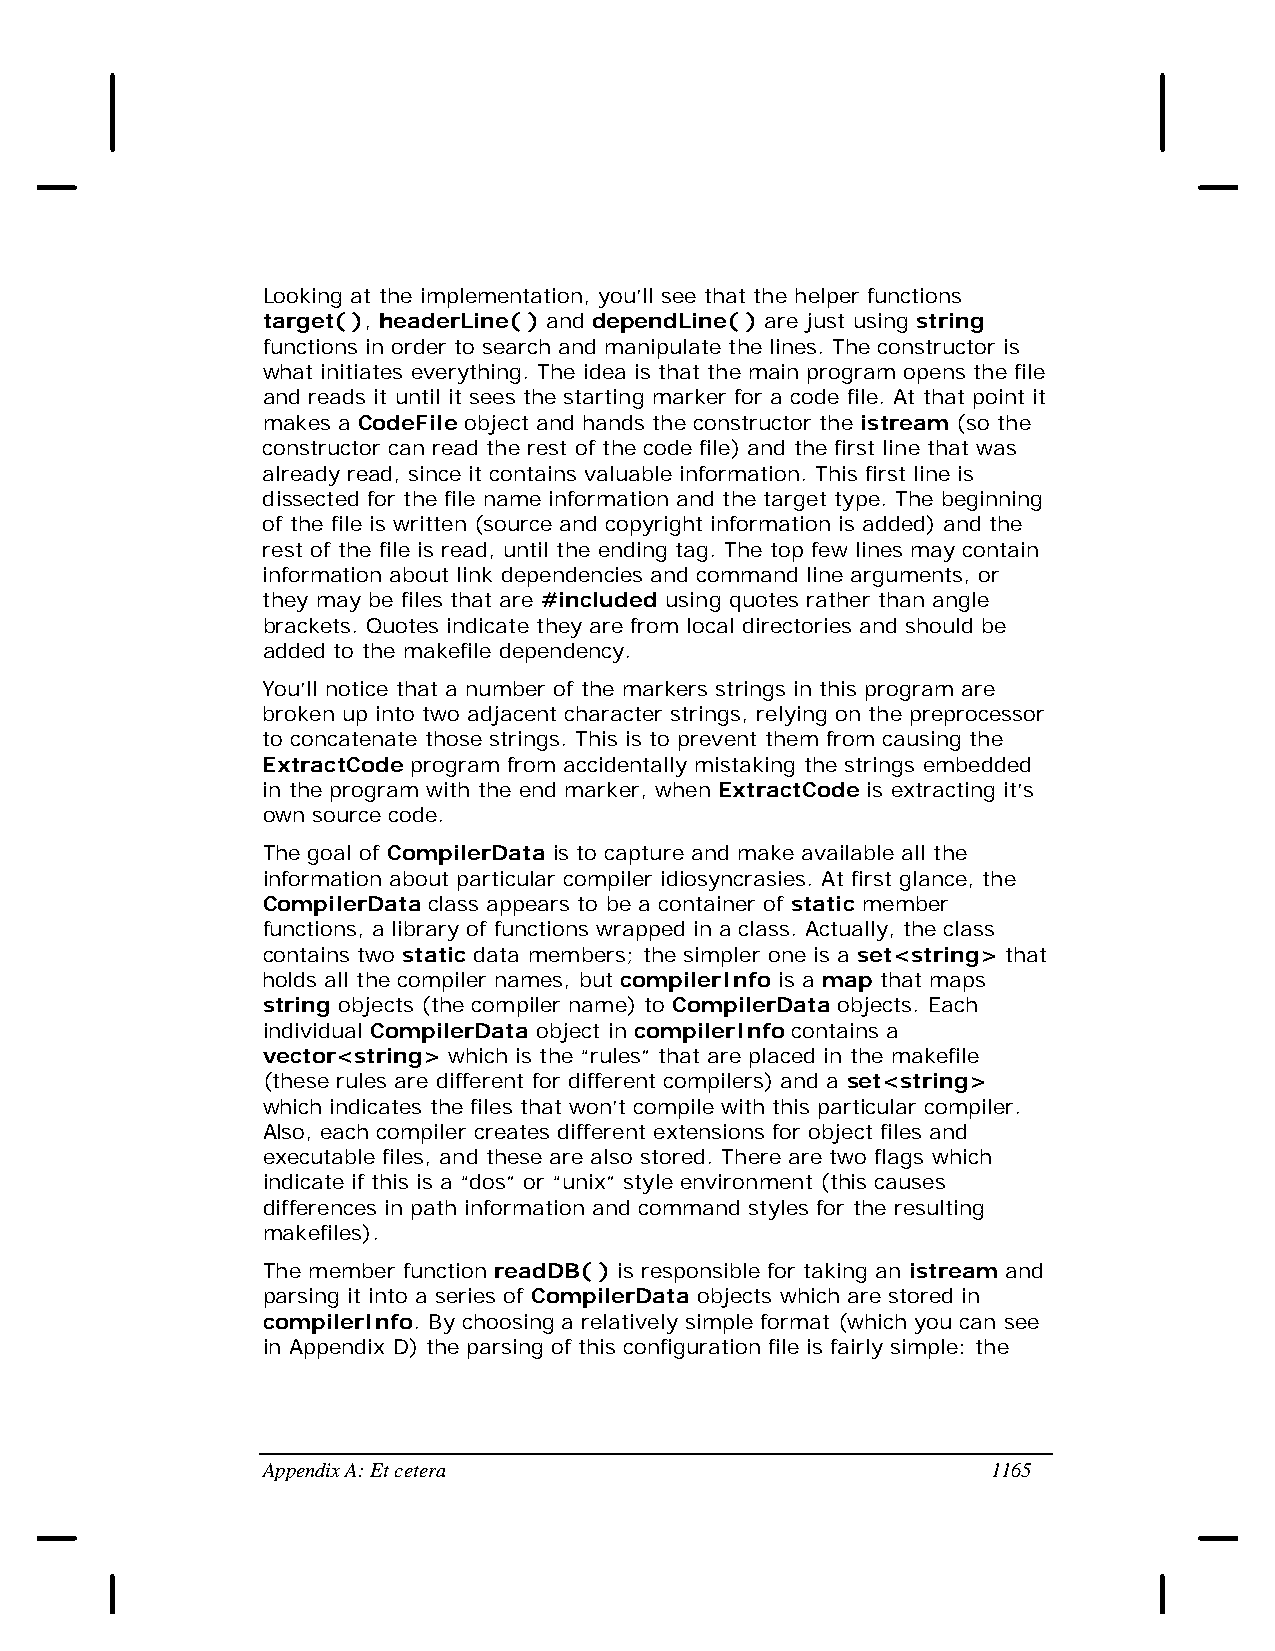
Looking at the implementation, you’ll see that the helper functions
 target( ), headerLine( ) and dependLine( ) are just using string
 functions in order to search and manipulate the lines. The constructor is
 what initiates everything. The idea is that the main program opens the file
 and reads it until it sees the starting marker for a code file. At that point it
 makes a CodeFile object and hands the constructor the istream (so the
 constructor can read the rest of the code file) and the first line that was
 already read, since it contains valuable information. This first line is
 dissected for the file name information and the target type. The beginning
 of the file is written (source and copyright information is added) and the
 rest of the file is read, until the ending tag. The top few lines may contain
 information about link dependencies and command line arguments, or
 they may be files that are #included using quotes rather than angle
 brackets. Quotes indicate they are from local directories and should be
 added to the makefile dependency.
 You’ll notice that a number of the markers strings in this program are
 broken up into two adjacent character strings, relying on the preprocessor
 to concatenate those strings. This is to prevent them from causing the
 ExtractCode program from accidentally mistaking the strings embedded
 in the program with the end marker, when ExtractCode is extracting it’s
 own source code.
 The goal of CompilerData is to capture and make available all the
 information about particular compiler idiosyncrasies. At first glance, the
 CompilerData class appears to be a container of static member
 functions, a library of functions wrapped in a class. Actually, the class
 contains two static data members; the simpler one is a set<string> that
 holds all the compiler names, but compilerInfo is a map that maps
 string objects (the compiler name) to CompilerData objects. Each
 individual CompilerData object in compilerInfo contains a
 vector<string> which is the “rules” that are placed in the makefile
 (these rules are different for different compilers) and a set<string>
 which indicates the files that won’t compile with this particular compiler.
 Also, each compiler creates different extensions for object files and
 executable files, and these are also stored. There are two flags which
 indicate if this is a “dos” or “unix” style environment (this causes
 differences in path information and command styles for the resulting
 makefiles).
 The member function readDB( ) is responsible for taking an istream and
 parsing it into a series of CompilerData objects which are stored in
 compilerInfo. By choosing a relatively simple format (which you can see
 in Appendix D) the parsing of this configuration file is fairly simple: the
 Appendix A: Et cetera                            1165